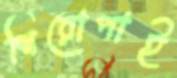
শিরোপাই